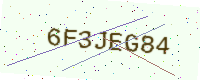
Text: 6F3JEG84